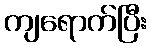
ကျရောက်ပြီး